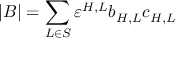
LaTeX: | B | = \sum _ { L \in S } \varepsilon ^ { H , L } b _ { H , L } c _ { H , L }